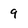
Character: 9